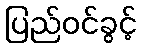
ပြည်ဝင်ခွင့်